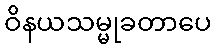
ဝိနယသမ္မုခတာပေ